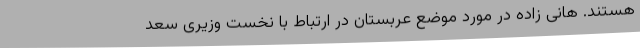
هستند. هانی زاده در مورد موضع عربستان در ارتباط با نخست وزیری سعد